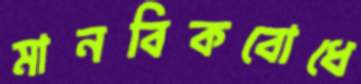
মানবিকবোধে